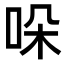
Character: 哚